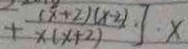
+ \frac { ( x + 2 ) ( x - 2 ) } { x ( x + 2 ) } ] \cdot x